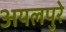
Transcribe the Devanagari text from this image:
अयलपुरे